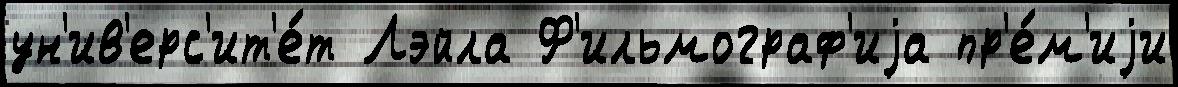
ун'ив'ерс'ит'е́т Лэйла Ф'ильмограф'иjа пр'е́м'иjи